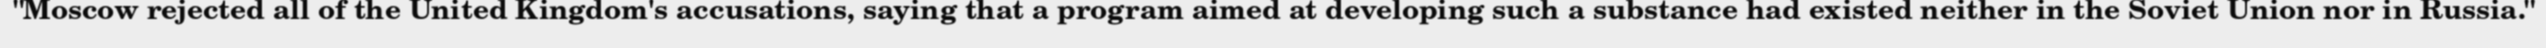
"Moscow rejected all of the United Kingdom's accusations, saying that a program aimed at developing such a substance had existed neither in the Soviet Union nor in Russia."